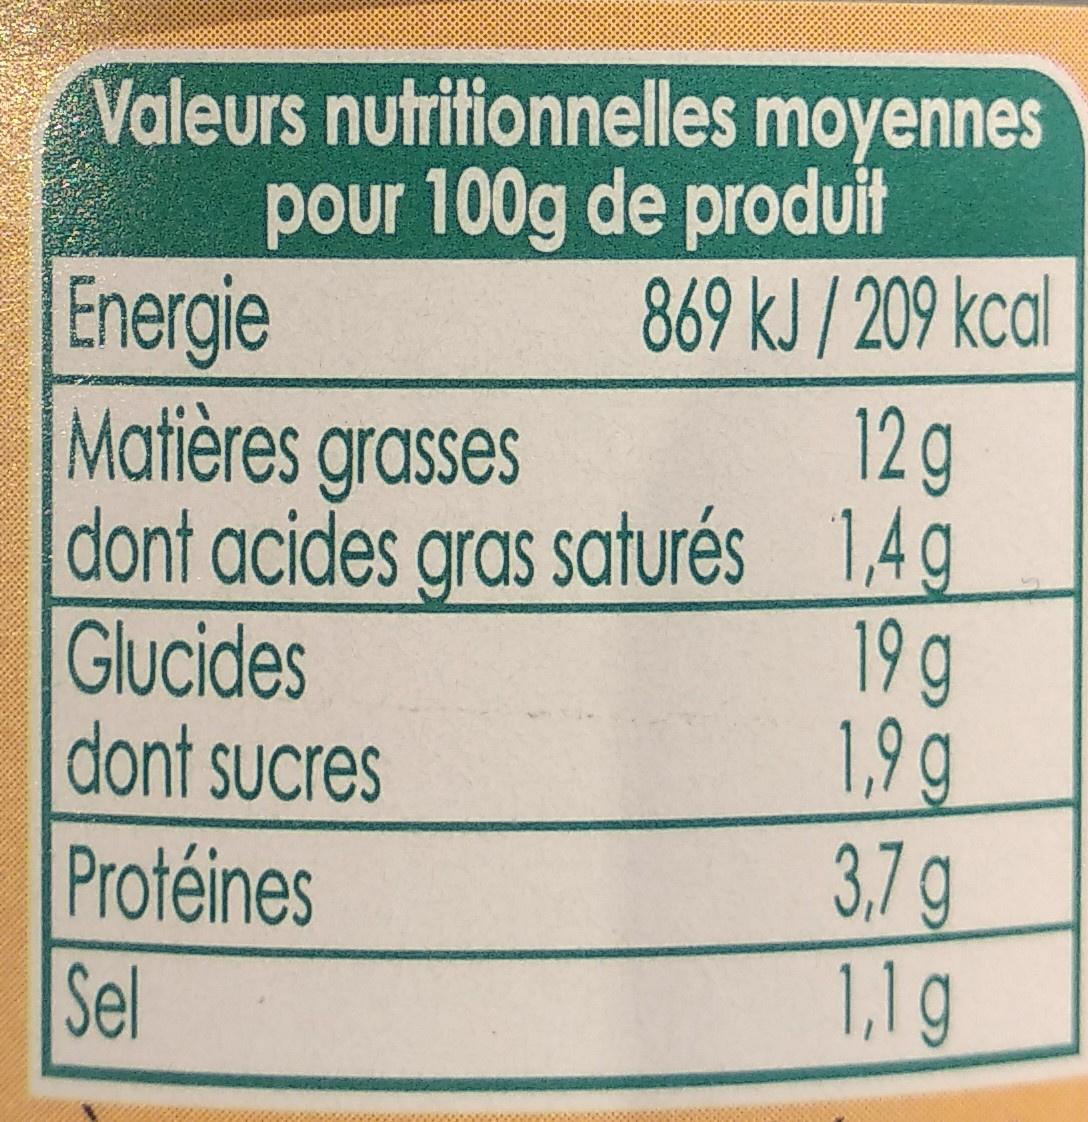
Valeurs nutritionnelles moyennes pour 100g de produit 869 kJ/209 kcal 12g dont acides gras saturés 1,4g 19 g 1,9 g 3.7g 1,1g
Energie Matières grasses
Glucides dont sucres
Protéines Sel